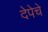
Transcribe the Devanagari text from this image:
देपेचे